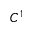
C ^ { 1 }